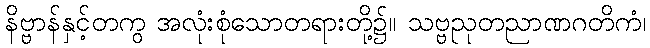
နိဗ္ဗာန်နှင့်တကွ အလုံးစုံသောတရားတို့၌။ သဗ္ဗညုတညာဏဂတိကံ၊